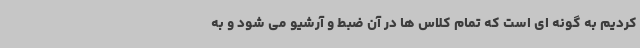
کردیم به گونه ای است که تمام کلاس ها در آن ضبط و آرشیو می شود و به